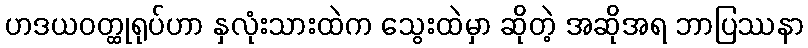
ဟဒယဝတ္ထုရုပ်ဟာ နှလုံးသားထဲက သွေးထဲမှာ ဆိုတဲ့ အဆိုအရ ဘာပြဿနာ